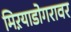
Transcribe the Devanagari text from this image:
मिऱयाडोगरावर